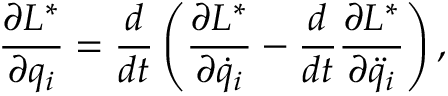
\frac { \partial L ^ { * } } { \partial q _ { i } } = \frac { d } { d t } \left( \frac { \partial L ^ { * } } { \partial \dot { q } _ { i } } - \frac { d } { d t } \frac { \partial L ^ { * } } { \partial \ddot { q } _ { i } } \right) ,